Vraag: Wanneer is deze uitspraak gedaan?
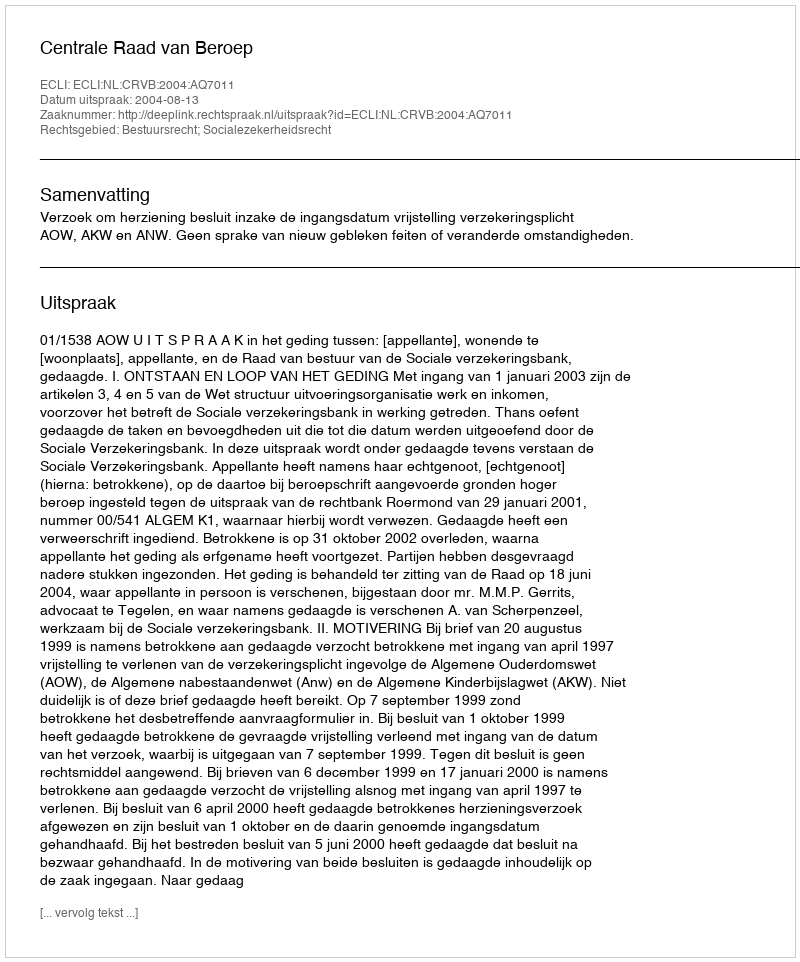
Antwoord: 2004-08-13